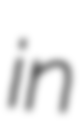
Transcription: in